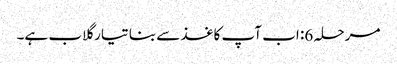
مرحلہ 6: اب آپ کاغذ سے بنا تیار گلاب ہے۔